Report on horse surra - Volume I
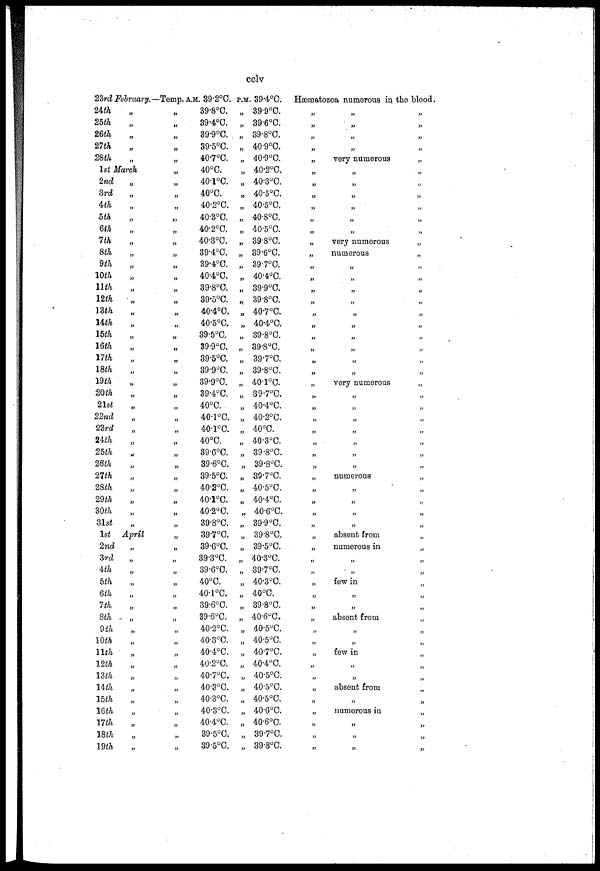
cclv
23rd February.
24th
25th
26th
27th
28th
„
„
„
„
„
1st March
2nd
3rd
4th
5th
6th
7th
8th
9th
10th
11th
12th
13th
14th
15th
16th
17th
18th
19th
20 th
21st
22nd
23rd
24th
25th
26th
27th
28th
29th
30th
31st
1st
2nd
3rd
4th
5th
6th
7th
8th
9th
10th
11th
12th
13th
14th
15th
16th
17th
18th
19th
„
„
„
„
„
„
„
„
„
„
„
„
„
„
„
„
„
„
„
„
„
„
„
„
„
„
„
„
„
„
April
„
„
„
„
„
„
„
„
„
„
„
„
„
„
„
„
„
„
—Temp.
„
„
„
„
„
„
„
„
„
„
„
„
„
„
„
„
„
„
„
„
„
„
„
„
„
„
„
„
„
„
„
„
„
„
„
„
„
„
„
„
„
„
„
„
„
„
„
„
„
„
„
„
„
„
„
A.M. 39.2°C.
39.8°C.
39.4°C.
39.9°C.,
39.5°C.
40.7°C.
40°C.
40.1°C.
40°C.
40.2°C.
40.3°C.
40.2°C.
40.3°C.
39.4°C.
39.4°C.
40.4°C.
39.8°C.
39.5°C.
40.4°C.
40.5°C.
39.5°C.
39.9°C.
39.5°C.
39.9°C.
39.9°C.
39.4°C.
40°C.
40.1°C.
40.1°C.
40°C.
39.6°C.
39.6°C.
39.5°C.
40.2°C.
40.1°C.
40.2°C.
39.8°C.
39.7°C.
39.6°C.
39.3°C.
39.6°C.
40°C.
40.1°C.
39.6°C.
39.6°C.
40.2°C.
40.3°C.
40.4°C.
40.2°C.
40.7°C.
40.3°C.
40.3°C.
40.3°C.
40.4°C.
39.5°C.
39.5°C.
P.M. 39.4°C.
„ 39.9°C.
„ 39.6°C.
„ 39.8°C.
„ 40.9°C.
„ 40.9°C.
„ 40.2°C.
„ 40.3°C.
„ 40.5°C.
„ 40.5°C.
„ 40.8°C.
„ 40.5°C.
„ 39.8°C.
„ 39.6°C.
„ 39.7°C.
„ 40.4.°C.
„ 39.9°C.
„ 39.8°C.
„ 40.7°C.
„ 40.4°C.
„ 39.8°C.
„ 39.8°C.
„ 39.7°C.
„ 39.8°C.
„ 40.1°C.
„ 39.7°C.
„ 40.4°C.
„ 40.2°C.
„ 40°C.
„ 40.3°C.
„ 39.8°C.
„ 39.8°C.
„ 39.7°C.
„ 40.5°C.
„ 40.4°C.
„ 40.6°C.
„ 39.9°C,
„ 39.8°C.
„ 39.5°C.
„ 40.3°C.
„ 39.7°C.
„ 40.3°C.
„ 40°C.
„ 39.8°C.
„ 40.6°C.
„ 40.5°C.
„ 40.5°C.
„ 40.7°C,
„ 40.4°C.
„ 40.5°C.
„ 40.5°C.
„ 40.5°C.
„ 40.6°C.
„ 40.6°C.
„ 39.7°C.
„ 39.8°C.
Hæmatozoa numerous in
„
„
„
„
„
„
„
„
„
„
„
„
„
„
„
„
„
„
„
„
„
„
„
„
„
„
„
„
„
„
„
„
„
„
„
„
„
„
„
„
„
„
„
„
„
„
„
„
„
„
„
„
„
„
„
„
„
„
„
very numerous
„
„
„
„
„
„
very numerous
numerous
„
„
„
„
„
„
„
„
„
„
very numerous
„
„
„
„
„
„
„
numerous
„
„
„
„
absent from
numerous in
„
„
few in
„
„
absent from
„
„
few in
„
„
absent from
„
numerous in
„
„
„
the blood.
„
„
„
„
„
„
„
„
„
„
„
„
„
„
„
„
„
„
„
„
„
„
„
„
„
„
„
„
„
„
„
„
„
„
„
„
„
„
„
„
„
„
„
„
„
„
„
„
„
„
„
„
„
„
„